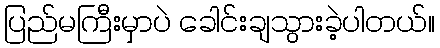
ပြည်မကြီးမှာပဲ ခေါင်းချသွားခဲ့ပါတယ်။